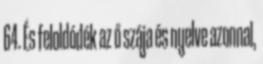
64. És feloldódék az ő szája és nyelve azonnal,